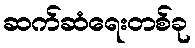
ဆက်ဆံရေးတစ်ခု